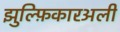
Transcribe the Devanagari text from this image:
झुल्फ़िकारअली